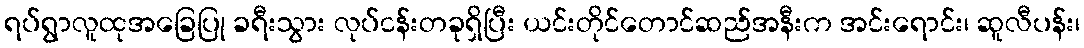
ရပ်ရွာလူထုအခြေပြု ခရီးသွား လုပ်ငန်းတခုရှိပြီး ယင်းတိုင်တောင်ဆည်အနီးက အင်းရောင်း၊ ဆူလီပန်း၊